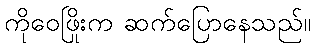
ကိုဝေဖြိုးက ဆက်ပြောနေသည်။